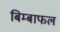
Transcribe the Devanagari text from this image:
बिम्बाफल